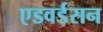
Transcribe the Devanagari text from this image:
एडवर्डसन